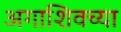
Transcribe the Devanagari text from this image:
अगाशिवच्या